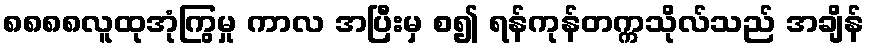
၈၈၈၈လူထုအုံကြွမှု ကာလ အပြီးမှ စ၍ ရန်ကုန်တက္ကသိုလ်သည် အချိန်